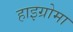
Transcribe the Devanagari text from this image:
हाइग्रोमा